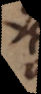
s